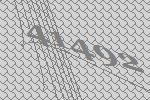
41492